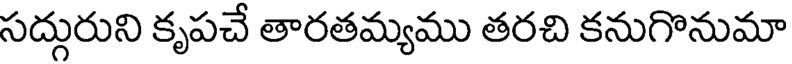
సద్గురుని కృపచే తారతమ్యము తరచి కనుగొనుమా